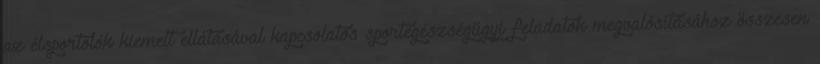
az élsportolók kiemelt ellátásával kapcsolatos sportegészségügyi feladatok megvalósításához összesen